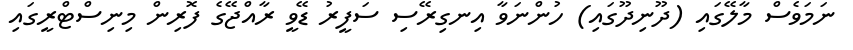
ނަމަވެސް މާލޭގައި (ދޫނިދޫގައި) ހުންނަވާ އިނގިރޭސި ސަފީރު ޑޭވީ ރާއްޖޭގެ ފޮރިން މިނިސްޓްރީގައި